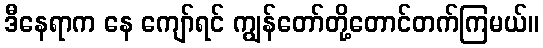
ဒီနေရာက နေ ကျော်ရင် ကျွန်တော်တို့တောင်တက်ကြမယ်။